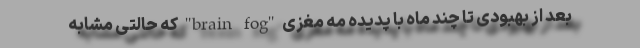
بعد از بهبودی تا چند ماه با پدیده مه مغزی "brain fog" که حالتی مشابه